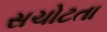
સચોટતા